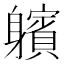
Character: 𨊕